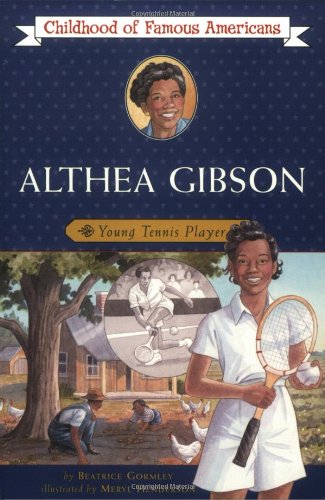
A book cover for Althea Gibson: Young Tennis Player (Childhood of Famous Americans); Beatrice Gormley; Children's Books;